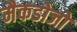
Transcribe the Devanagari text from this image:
मैकडोजो